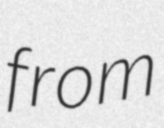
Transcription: from